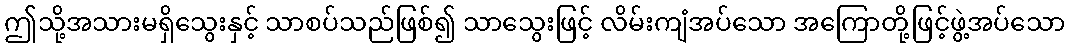
ဤသို့အသားမရှိသွေးနှင့် သာစပ်သည်ဖြစ်၍ သာသွေးဖြင့် လိမ်းကျံအပ်သော အကြောတို့ဖြင့်ဖွဲ့အပ်သော